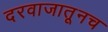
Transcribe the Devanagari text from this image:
दरवाजातूनच